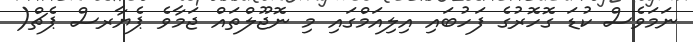
ނަމަވެސް ކުޑަ ގޮހޮރުގެ ފަހުބައި އިލިއަމްގައި މި ނޮޖޫލްތައް ޖަމާވެ ޕެޔާރސް ޕެޗް(